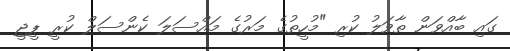
ގައި ބާއްވަން ތާވަލު ކުރި "މުހީތުގެ މަރުގެ މައްސަލަ ކެންސަލް ކުރީ ޕީޖީ